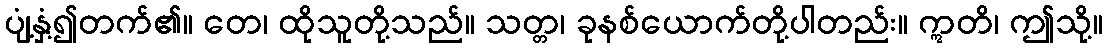
ပျံ့နှံ့၍တက်၏။ တေ၊ ထိုသူတို့သည်။ သတ္တ၊ ခုနစ်ယောက်တို့ပါတည်း။ ဣတိ၊ ဤသို့။